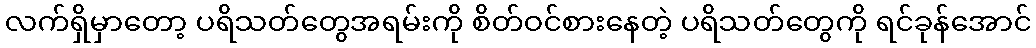
လက်ရှိမှာတော့ ပရိသတ်တွေအရမ်းကို စိတ်ဝင်စားနေတဲ့ ပရိသတ်တွေကို ရင်ခုန်အောင်